system: You are a helpful assistant.
user:
Analyze the provided spectrum to determine if it is a **M-type Giant (gM)**.

A M-type Giant spectrum is defined by its **strong molecular absorption** features, particularly from **Titanium Oxide (TiO)**. You must check for one of the following mutually exclusive signatures:

- **Key Visual Indicators (Absorption-Dominated Spectrum):**

    - **(Primary):** The spectrum is dominated by strong molecular absorption from **Titanium Oxide (TiO)**. This is the **defining feature** of its M-type temperature class.
        - **(Key Bandheads):** Look for sharp, "saw-tooth" absorption valleys. The strongest are located near **~7050 Å**, **~6160 Å**, and **~5170 Å**.
        - **(Line Profile):** The "saw-tooth" morphology is critical: a **sharp, steep drop on the BLUE (short-wavelength) side** of the bandhead, followed by a gradual recovery (rising flux) towards the RED (long-wavelength) side.

    - **(Key Confirmation - Giant vs. Dwarf):** **ABSENCE** of strong **Calcium Hydride (CaH)** molecular bands. This is the primary diagnostic for *excluding* M-dwarfs.
        - **(Key Region):** The spectrum should lack the strong, broad absorption band seen in dwarfs between **~6800 Å and ~7000 Å**.

    - **(Secondary Confirmation - Giant):** A very strong and broad **Neutral Calcium (Ca I)** atomic absorption line.
        - **(Key Line):** Located at **~4226 Å**. In a giant (gM), this line is significantly deeper and broader than the same line in an M-dwarf (dM) due to low surface gravity.

    - **(Overall Spectrum):**
        - The continuum is **extremely red-sloping** (i.e., flux is very low in the blue and rises dramatically towards the red).
        - The entire spectrum appears "chopped up" by the deep TiO bands.

Think first, call **spectral_visualization_tool** if needed to examine features in detail, then provide your final answer. Your response must adhere to the following strict rules:
1.  **Overall Structure:** Your response must follow the format `<think>...</think> <tool_call>...</tool_call> (if a tool is used) <answer>...</answer>`.
2.  **Tool Usage Constraint:** You may only make **one** tool call per turn.
3.  **Final Answer Format:** In the `<answer>` tag, your conclusion must be inside a `\boxed{}` command (e.g., `\boxed{YES}` or `\boxed{NO}`), followed by your justification.

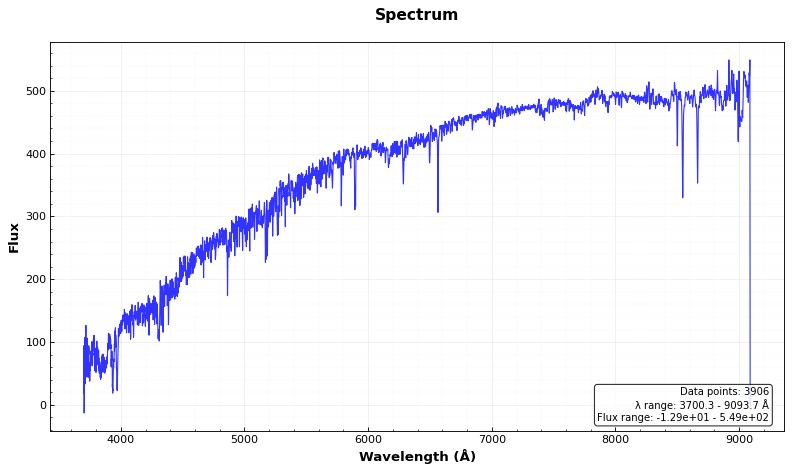
Answer: NO